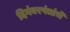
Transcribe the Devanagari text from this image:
दिगंबरपंतांचे